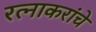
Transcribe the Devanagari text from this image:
रत्नाकरांचे